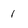
Character: 1